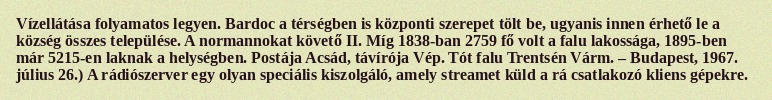
Vízellátása folyamatos legyen. Bardoc a térségben is központi szerepet tölt be, ugyanis innen érhető le a község összes települése. A normannokat követő II. Míg 1838-ban 2759 fő volt a falu lakossága, 1895-ben már 5215-en laknak a helységben. Postája Acsád, távírója Vép. Tót falu Trentsén Várm. – Budapest, 1967. július 26.) A rádiószerver egy olyan speciális kiszolgáló, amely streamet küld a rá csatlakozó kliens gépekre.